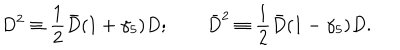
D ^ { 2 } \equiv \frac { 1 } { 2 } \bar { D } ( 1 + \gamma _ { 5 } ) D ; \qquad \bar { D } ^ { 2 } \equiv \frac { 1 } { 2 } \bar { D } ( 1 - \gamma _ { 5 } ) D .